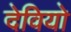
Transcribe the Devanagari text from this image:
देवियो